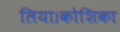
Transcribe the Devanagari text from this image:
लिया।कोशिका